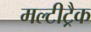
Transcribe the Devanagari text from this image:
मल्टीट्रैक